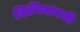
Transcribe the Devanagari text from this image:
शिनिवारची